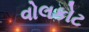
વોલકોટ